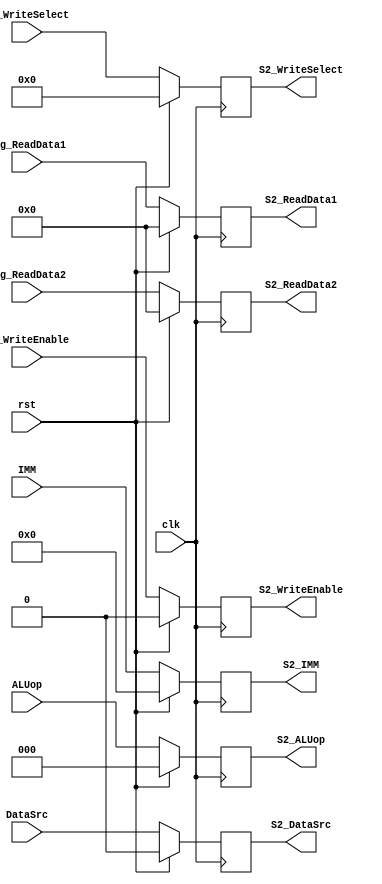
`timescale 1ns / 1ns
//////////////////////////////////////////////////////////////////////////////////
// Company: 
// Engineer: 
// 
// Design Name: 
// Module Name:    S2_Register 
// Project Name: 
// Target Devices: 
// Tool versions: 
// Description: 
//
// Dependencies: 
//
// Revision: 
// Revision 0.01 - File Created
// Additional Comments: 
//
//////////////////////////////////////////////////////////////////////////////////
module S2_Register(
	input clk,
	input rst,
	input [31:0] Reg_ReadData1,
	input [31:0] Reg_ReadData2,
	input [4:0] S1_WriteSelect,
	input S1_WriteEnable,
	input [15:0] IMM,
	input DataSrc,
	input [2:0] ALUop,
	output reg [31:0] S2_ReadData1,
	output reg [31:0] S2_ReadData2,
	output reg [4:0] S2_WriteSelect,
	output reg S2_WriteEnable,
	output reg [15:0] S2_IMM,
	output reg S2_DataSrc,
	output reg [2:0] S2_ALUop
   );

	always@(posedge clk)
		begin
		if (rst)
			begin
			S2_ReadData1	<= 32'd0;
			S2_ReadData2	<= 32'd0;
			S2_WriteSelect <= 5'd0;
			S2_WriteEnable <= 1'b0;
			S2_DataSrc <= 1'b0;
			S2_ALUop <= 3'd0;
			S2_IMM <= 16'd0;
			end
		else
			begin
			S2_ReadData1	<= Reg_ReadData1;
			S2_ReadData2	<= Reg_ReadData2;
			S2_WriteSelect <= S1_WriteSelect;
			S2_WriteEnable <= S1_WriteEnable;
			S2_DataSrc <= DataSrc;
			S2_ALUop <= ALUop;
			S2_IMM <= IMM;
			end
		end

endmodule